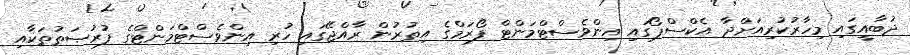
ދުބާއީގައި މިހާރުކުރިއަށްދާ އެކްސްޕޯގައި އިންވެސްޓްމަންޓް ފޯރަމްގެ އިތުރުން ރާއްޖޭގައި ހުރި އިންވެސްޓްމަންޓްގެ ފުރުޞަތުތަކާއި